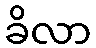
ခိလာ